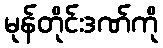
မုန်တိုင်းဒဏ်ကို